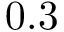
0 . 3